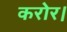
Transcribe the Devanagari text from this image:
करोर।